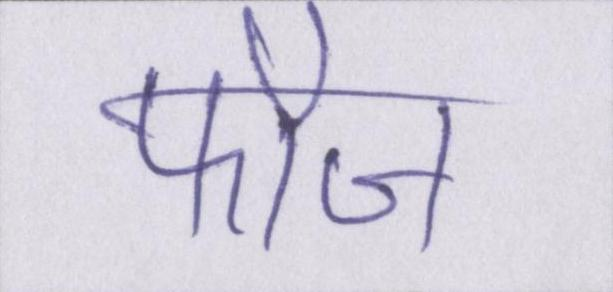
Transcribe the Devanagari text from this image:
फौज